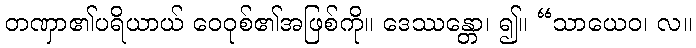
တဏှာ၏ပရိယာယ် ဝေဝုစ်၏အဖြစ်ကို။ ဒေဿန္တော၊ ၍။ “သာယေဝ၊ လ။